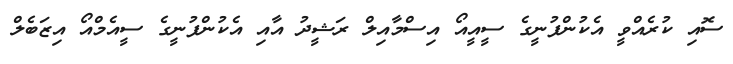
ސޮއި ކުރެއްވީ އެކުންފުނީގެ ސީއީއޯ އިސްމާއިލް ރަޝީދު އާއި އެކުންފުނީގެ ސީއެމްއޯ އިޒަބެލް